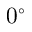
0 ^ { \circ }